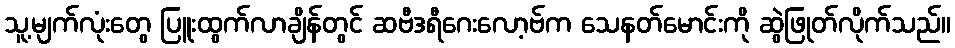
သူ့မျက်လုံးတွေ ပြူးထွက်လာချိန်တွင် ဆဗီဒရီဂေးလော့ဗ်က သေနတ်မောင်းကို ဆွဲဖြုတ်လိုက်သည်။